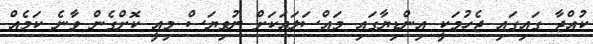
ކުއްޖާ ގައިގައި ޖެހުމަކީ އިންޑިޔާގައި މައްސަލައަކަށް ނުވިޔަސް މިއީ ކޮށްގެން ވާނެ ކަމެއް